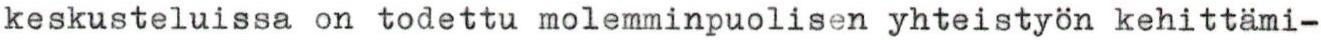
keskusteluissa on todettu molemminpuolisen yhteistyön kehittämi-